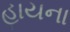
હાયના